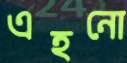
এহনো